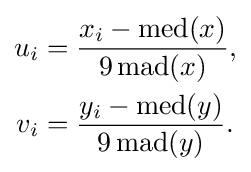
{\begin{aligned}u_{i}&={\frac {x_{i}-\operatorname {med} (x)}{9\operatorname {mad} (x)}},\\v_{i}&={\frac {y_{i}-\operatorname {med} (y)}{9\operatorname {mad} (y)}}.\end{aligned}}